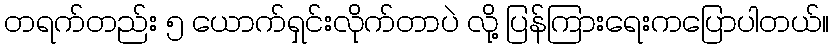
တရက်တည်း ၅ ယောက်ရှင်းလိုက်တာပဲ လို့ ပြန်ကြားရေးကပြောပါတယ်။